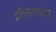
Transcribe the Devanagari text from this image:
प्रतिसाददायी